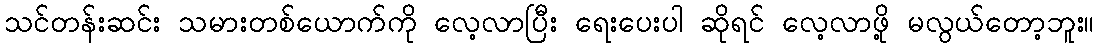
သင်တန်းဆင်း သမားတစ်ယောက်ကို လေ့လာပြီး ရေးပေးပါ ဆိုရင် လေ့လာဖို့ မလွယ်တော့ဘူး။